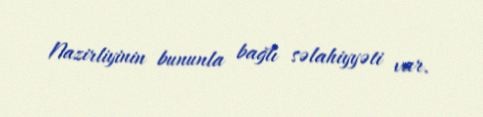
Nazirliyinin bununla bağlı səlahiyyəti var.